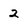
Character: 2